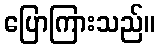
ပြောကြားသည်။